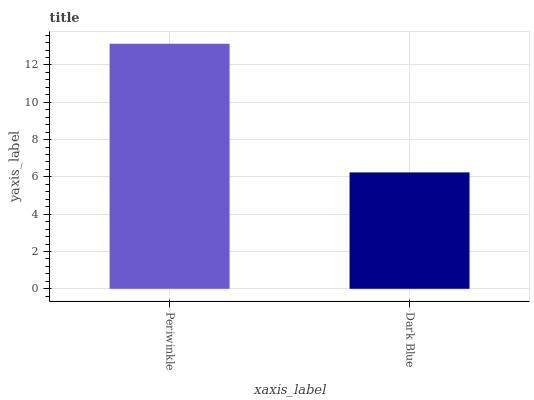
| xaxis_label | bars |
 | --- | --- |
 | Periwinkle | 13.1 |
 | Dark Blue | 6.24 |